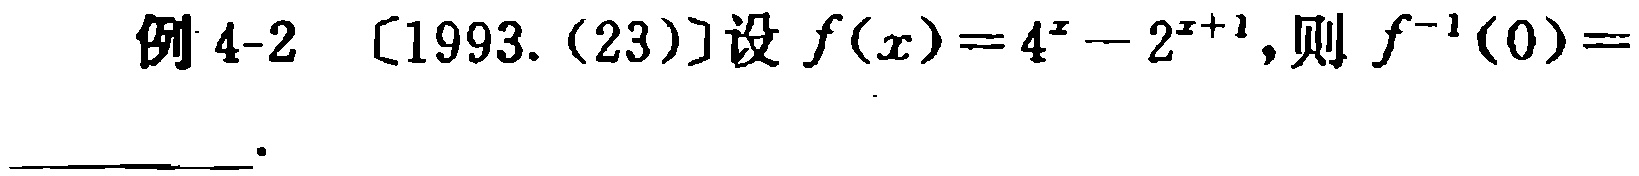
例 4-2 [1993.(23)]设 \(f(x)=4^{x}-2^{x + 1}\),则 \(f^{-1}(0)=\)  。